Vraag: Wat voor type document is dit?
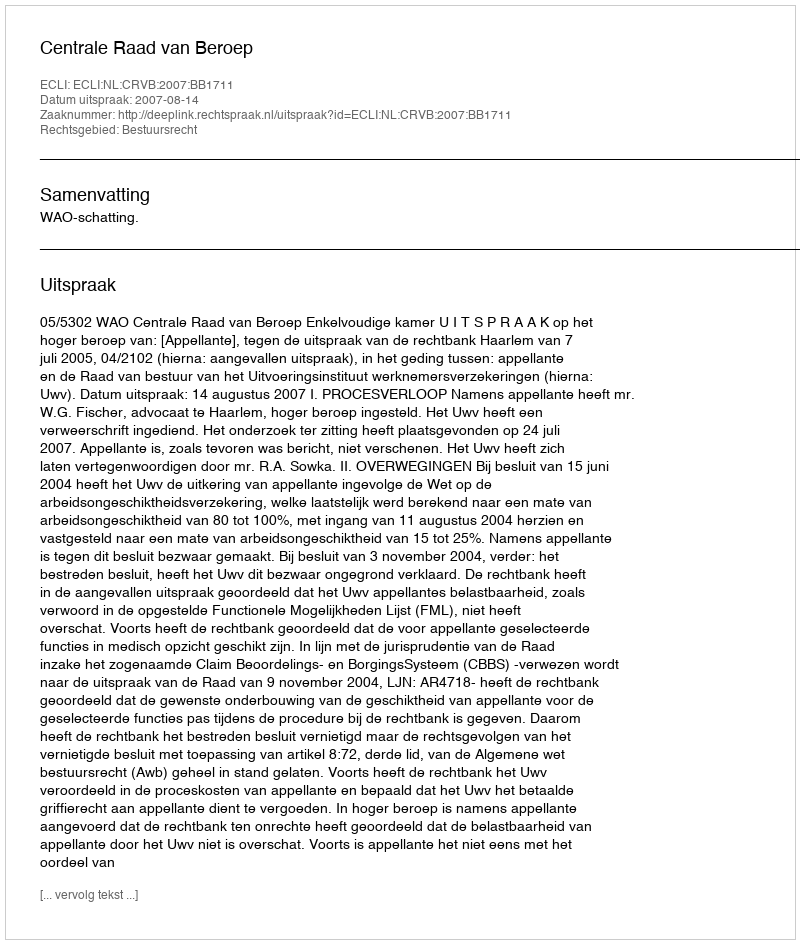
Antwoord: Uitspraak